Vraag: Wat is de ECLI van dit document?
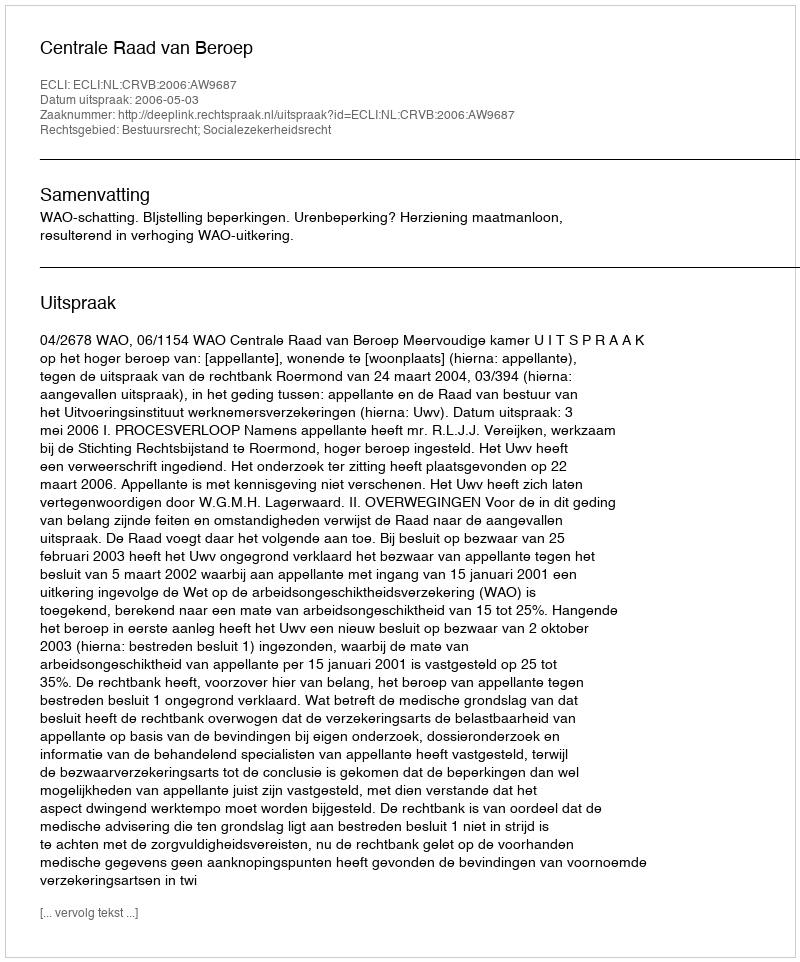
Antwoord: ECLI:NL:CRVB:2006:AW9687